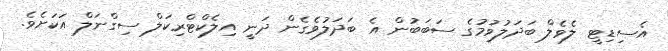
އެސިޑިޓީ ލެވެލް ބަދަލުވުމުގެ ސަބަބުން އެ ބަދަލުވެގެން ދަނީ އިލެކްޓްރިކަލް ސިގްނަލް އަކަށެވެ.